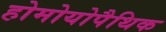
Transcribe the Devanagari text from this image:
होमोयोपैथिक